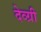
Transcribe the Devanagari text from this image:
देव्ग्री